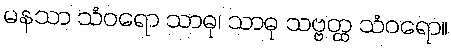
မနသာ သံဝရော သာဓု၊ သာဓု သဗ္ဗတ္ထ သံဝရော။